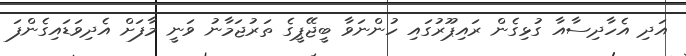
އަދި އެހާދިސާއާ ގުޅިގެން ރައިޕޫރުގައި ހުންނަވާ ބީޖޭޕީގެ ތަރުޖަމާނު ވަނީ މާފަށް އެދިވަޑައިގެންފަ